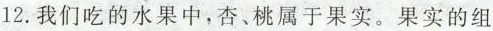
12.我们吃的水果中，杏、桃属于果实。果实的组